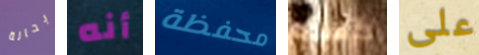
بحالة أنه محفظة كهذه على